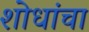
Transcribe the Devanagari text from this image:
शोधांचा